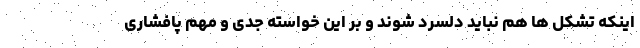
اینکه تشکل ها هم نباید دلسرد شوند و بر این خواسته جدی و مهم پافشاری